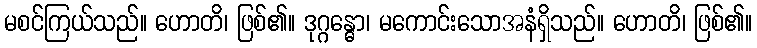
မစင်ကြယ်သည်။ ဟောတိ၊ ဖြစ်၏။ ဒုဂ္ဂန္ဓော၊ မကောင်းသောအနံရှိသည်။ ဟောတိ၊ ဖြစ်၏။